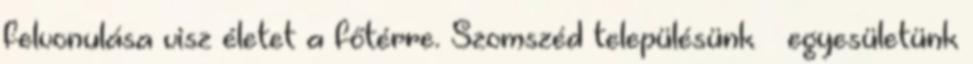
felvonulása visz életet a főtérre. Szomszéd településünk – egyesületünk